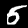
Digit: 5